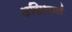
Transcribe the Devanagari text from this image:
अग्निशर्मा